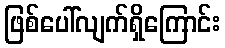
ဖြစ်ပေါ်လျက်ရှိကြောင်း